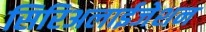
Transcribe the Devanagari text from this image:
सिरिअलाईजेशन